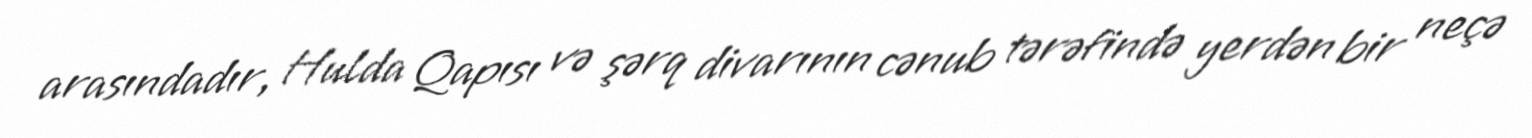
arasındadır, Hulda Qapısı və şərq divarının cənub tərəfində yerdən bir neçə